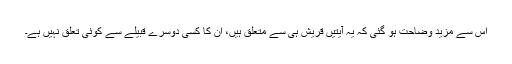
اِس سے مزید وضاحت ہو گئی کہ یہ آیتیں قریش ہی سے متعلق ہیں، اِن کا کسی دوسرے قبیلے سے کوئی تعلق نہیں ہے۔